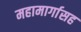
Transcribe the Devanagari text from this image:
महामार्गासह